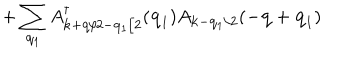
LaTeX: + \sum _ { { \bf { q } } _ { 1 } } A _ { { \bf { k } } + { \bf { q } } / 2 - { \bf { q } } _ { 1 } / 2 } ^ { \dagger } ( { \bf { q } } _ { 1 } ) A _ { { \bf { k } } - { \bf { q } } _ { 1 } / 2 } ( - { \bf { q } } + { \bf { q } } _ { 1 } )